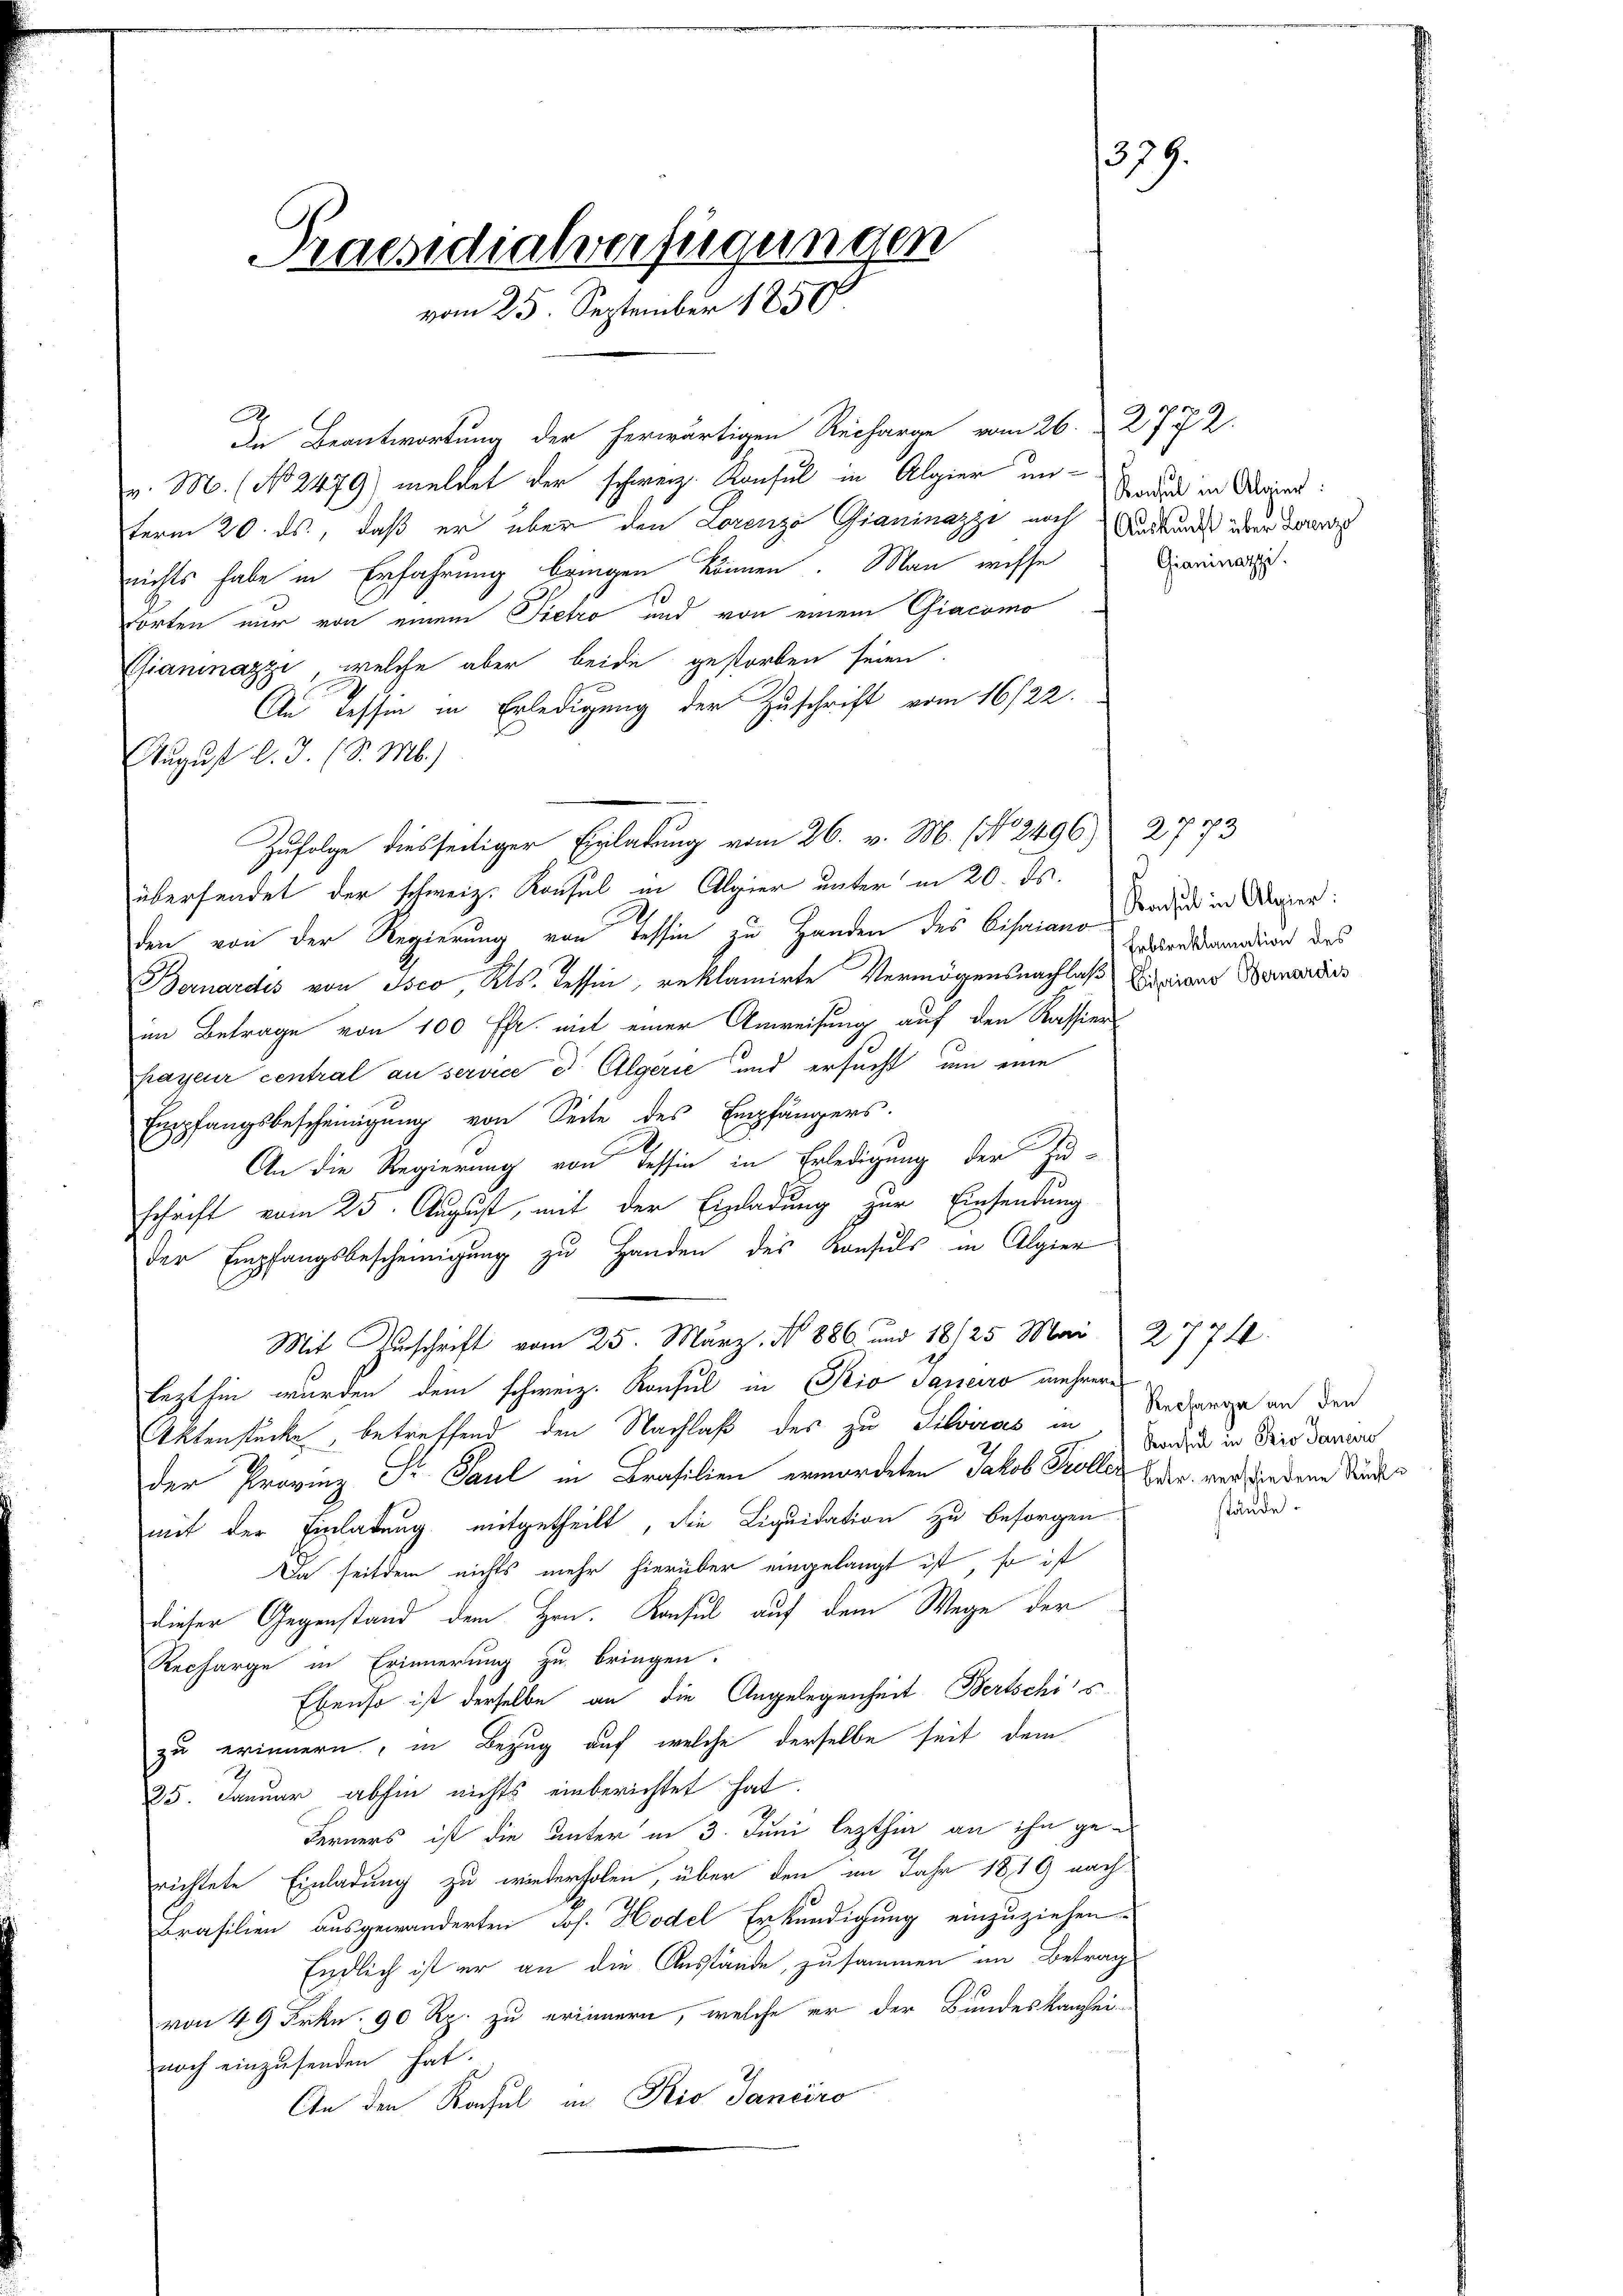
.
Kaesidialverfügungen
vom 25. September 1850

.
In Beantwortung der herwärtigen Recharge vom 26. 2772.
v. M. (No 2479) meldet der schweiz. Konsul in Algier un-
term 20. ds., daß er über den Lorenzo Gianinazzi noch Andeurs über das
nichts habe in Erfahrung bringen können. Man wisse
torten nur von einem Pietro und von einem Giacomo
Gianinazzi, welche aber beide gestorben seien.
An Tessin in Erledigung der Zuschrift vom 16/22.
August l. J. (S. M.)
Zufolge diesseitiger Einladung vom 26. v. M. (No 2496) 2773
übersendet der schweiz. Konsul in Algier unter in 20. ds.
den von der Regierung von Tessin zu Handen des Bisaian Baden in Oper:
Bernardis von Isco, Kts. Tessin, reklamirte Vermögensnachlaß Distian Bernandes
im Betrage von 100 ff. mit einer Anweisung auf den Kassier
hayeur central an service d' Algerie und ersucht, um eine
Empfangsbescheinigŭng von Seite des Empfängers.
2
An die Regierung von Tessin in Erledigung der Zu-
schrift vom 25. August, mit der Einladung zur Einsendung
der Empfangsbescheinigung zu Handen des Konsuls in Algier
Mit Zuschrift vom 25. März. No 886 und 18125 Mai 2774.
lezthin wurden dem schweiz. Konsul in Pio Janeiro mehrere
Aktenstücke betreffend den Nachlaß des zu Silvicas in Bedenge an den
der Provinz Fr. Paul in Brasilien ermordeten Jakob Koller Eder, vor Vordene Kindes
mit der Einladung mitgetheilt, die Liquidation zu besorgen
Da seitdem nichts mehr hierüber eingelangt ist, so ist
dieser Gegenstand dem Hrn. Konsul auf dem Wege der
Recharge in Erinnerung zu bringen.
Ebenso ist derselbe an die Angelegenheit Bertschis
zu erinnern, in Bezug auf welche derselbe seit dem
2
25. Januar abhin nichts einberichtet hat.
Ferners ist die unter in 3. Juni lezthin an ihn gerichtete Einladung zu wiederholen, über den im Jahr 1819 nach
Brasilien ausgewanderten Jos. Hodel Erkundigung einzuziehen.
Endlich ist er an die Ausstände, zusammen im Betrag
von 49 Frkn. 90 Rp. zu erinnern, welche er der Bundeskanzlei-
noch einzusenden hat.
An den Rachsul in Rio Janeiro

379.

Konsul in Algier
Gianinazzi.

Erbsreklamation des

Konsul in Pio Janeiro
stände.